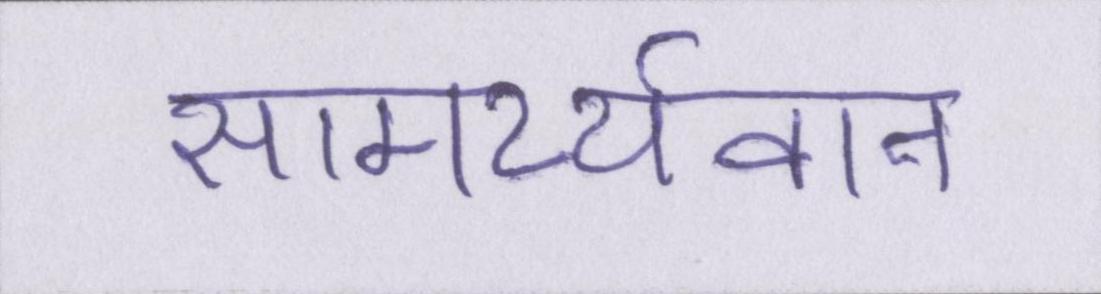
सामर्थ्यवान